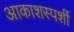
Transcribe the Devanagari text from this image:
आकाशस्पर्शी